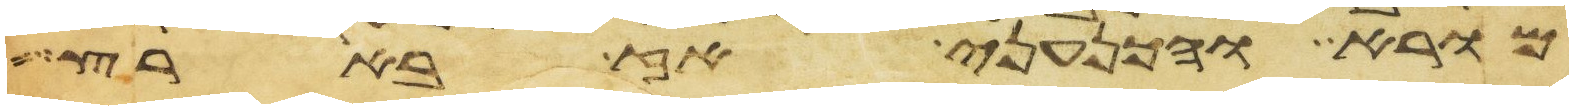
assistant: מורא והכנעני אז בארץ